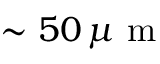
\sim 5 0 \, \mu \mathrm { ~ m ~ }